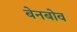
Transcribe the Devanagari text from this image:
बेनबोव